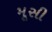
મૂસી